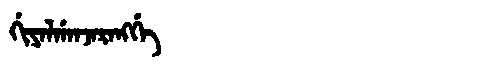
Manchu: ᡤᡳᠶᠠᠯᡤᠠᠨᠵᠠᡵᠠᠩᡤᡝ
Romanization: GIYALGANJARANGGE